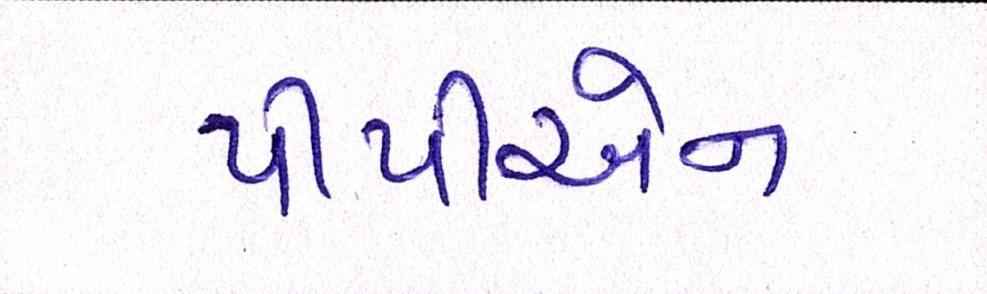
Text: પીપીએન